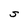
Character: S